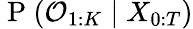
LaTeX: \mathrm{~P~}(\mathcal{O}_{1:K}\mid X_{0:T})